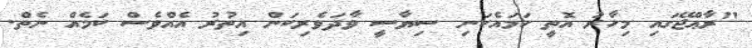
"ރާޢްޖޭގައި މިހާރު އޮތީ ހަމައެކަނި ސިޔާސީ ވާދަވެރިކަން އިތުރު އެއްވެސް ކަމެއް ނެތް.